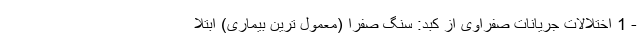
- 1 اختلالات جریانات صفراوی از کبد: سنگ صفرا (معمول ترین بیماری) ابتلا